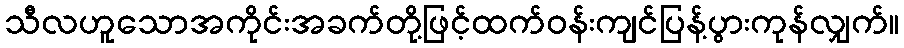
သီလဟူသောအကိုင်းအခက်တို့ဖြင့်ထက်ဝန်းကျင်ပြန့်ပွားကုန်လျှက်။